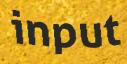
input